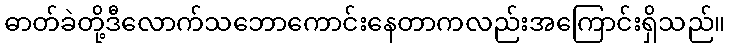
ဓာတ်ခဲတို့ဒီလောက်သဘောကောင်းနေတာကလည်းအကြောင်းရှိသည်။